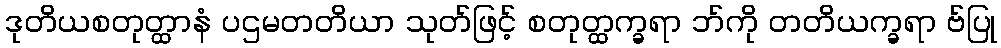
ဒုတိယစတုတ္ထာနံ ပဌမတတိယာ သုတ်ဖြင့် စတုတ္ထက္ခရာ ဘ်ကို တတိယက္ခရာ ဗ်ပြု